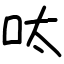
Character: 呔